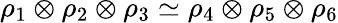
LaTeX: \rho_{1}\otimes\rho_{2}\otimes\rho_{3}\simeq\rho_{4}\otimes\rho_{5}\otimes\rho_{6}